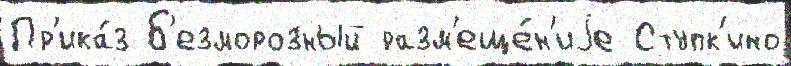
Пр'ика́з Б'езморозный разм'еще́н'иjе Ступк'ино